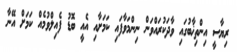
ރިޔާސީ އިންތިޚާބުގައި ވާދަކުރައްވަން ނިންމަވާފައި ކަމަށާއި އެއީ ބޮޑު ފެއިލްވުމެއް ކަމަށް އޭނާ